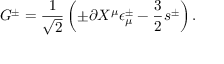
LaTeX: G ^ { \pm } = { \frac { 1 } { \sqrt 2 } } \left( \pm \partial X ^ { \mu } \epsilon _ { \mu } ^ { \pm } - { \frac { 3 } { 2 } } s ^ { \pm } \right) .